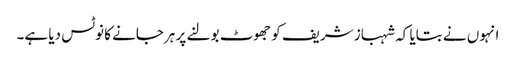
انہوں نے بتایا کہ شہباز شریف کو جھوٹ بولنے پر ہرجانے کا نوٹس دیا ہے۔